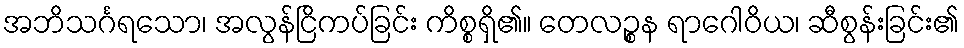
အဘိသင်္ဂရသော၊ အလွန်ငြိကပ်ခြင်း ကိစ္စရှိ၏။ တေလဉ္စန ရာဂေါဝိယ၊ ဆီစွန်းခြင်း၏